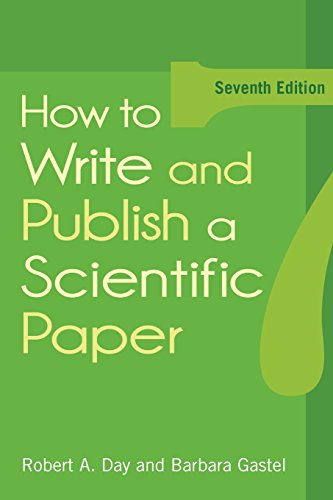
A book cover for How to Write and Publish a Scientific Paper, 7th Edition; Robert A. Day; Medical Books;